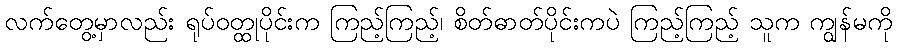
လက်တွေ့မှာလည်း ရုပ်ဝတ္ထုပိုင်းက ကြည့်ကြည့်၊ စိတ်ဓာတ်ပိုင်းကပဲ ကြည့်ကြည့် သူက ကျွန်မကို